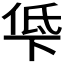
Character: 𫢵